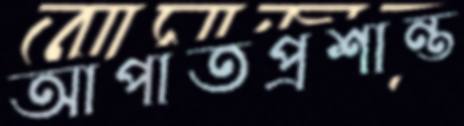
আপাতপ্রশান্ত